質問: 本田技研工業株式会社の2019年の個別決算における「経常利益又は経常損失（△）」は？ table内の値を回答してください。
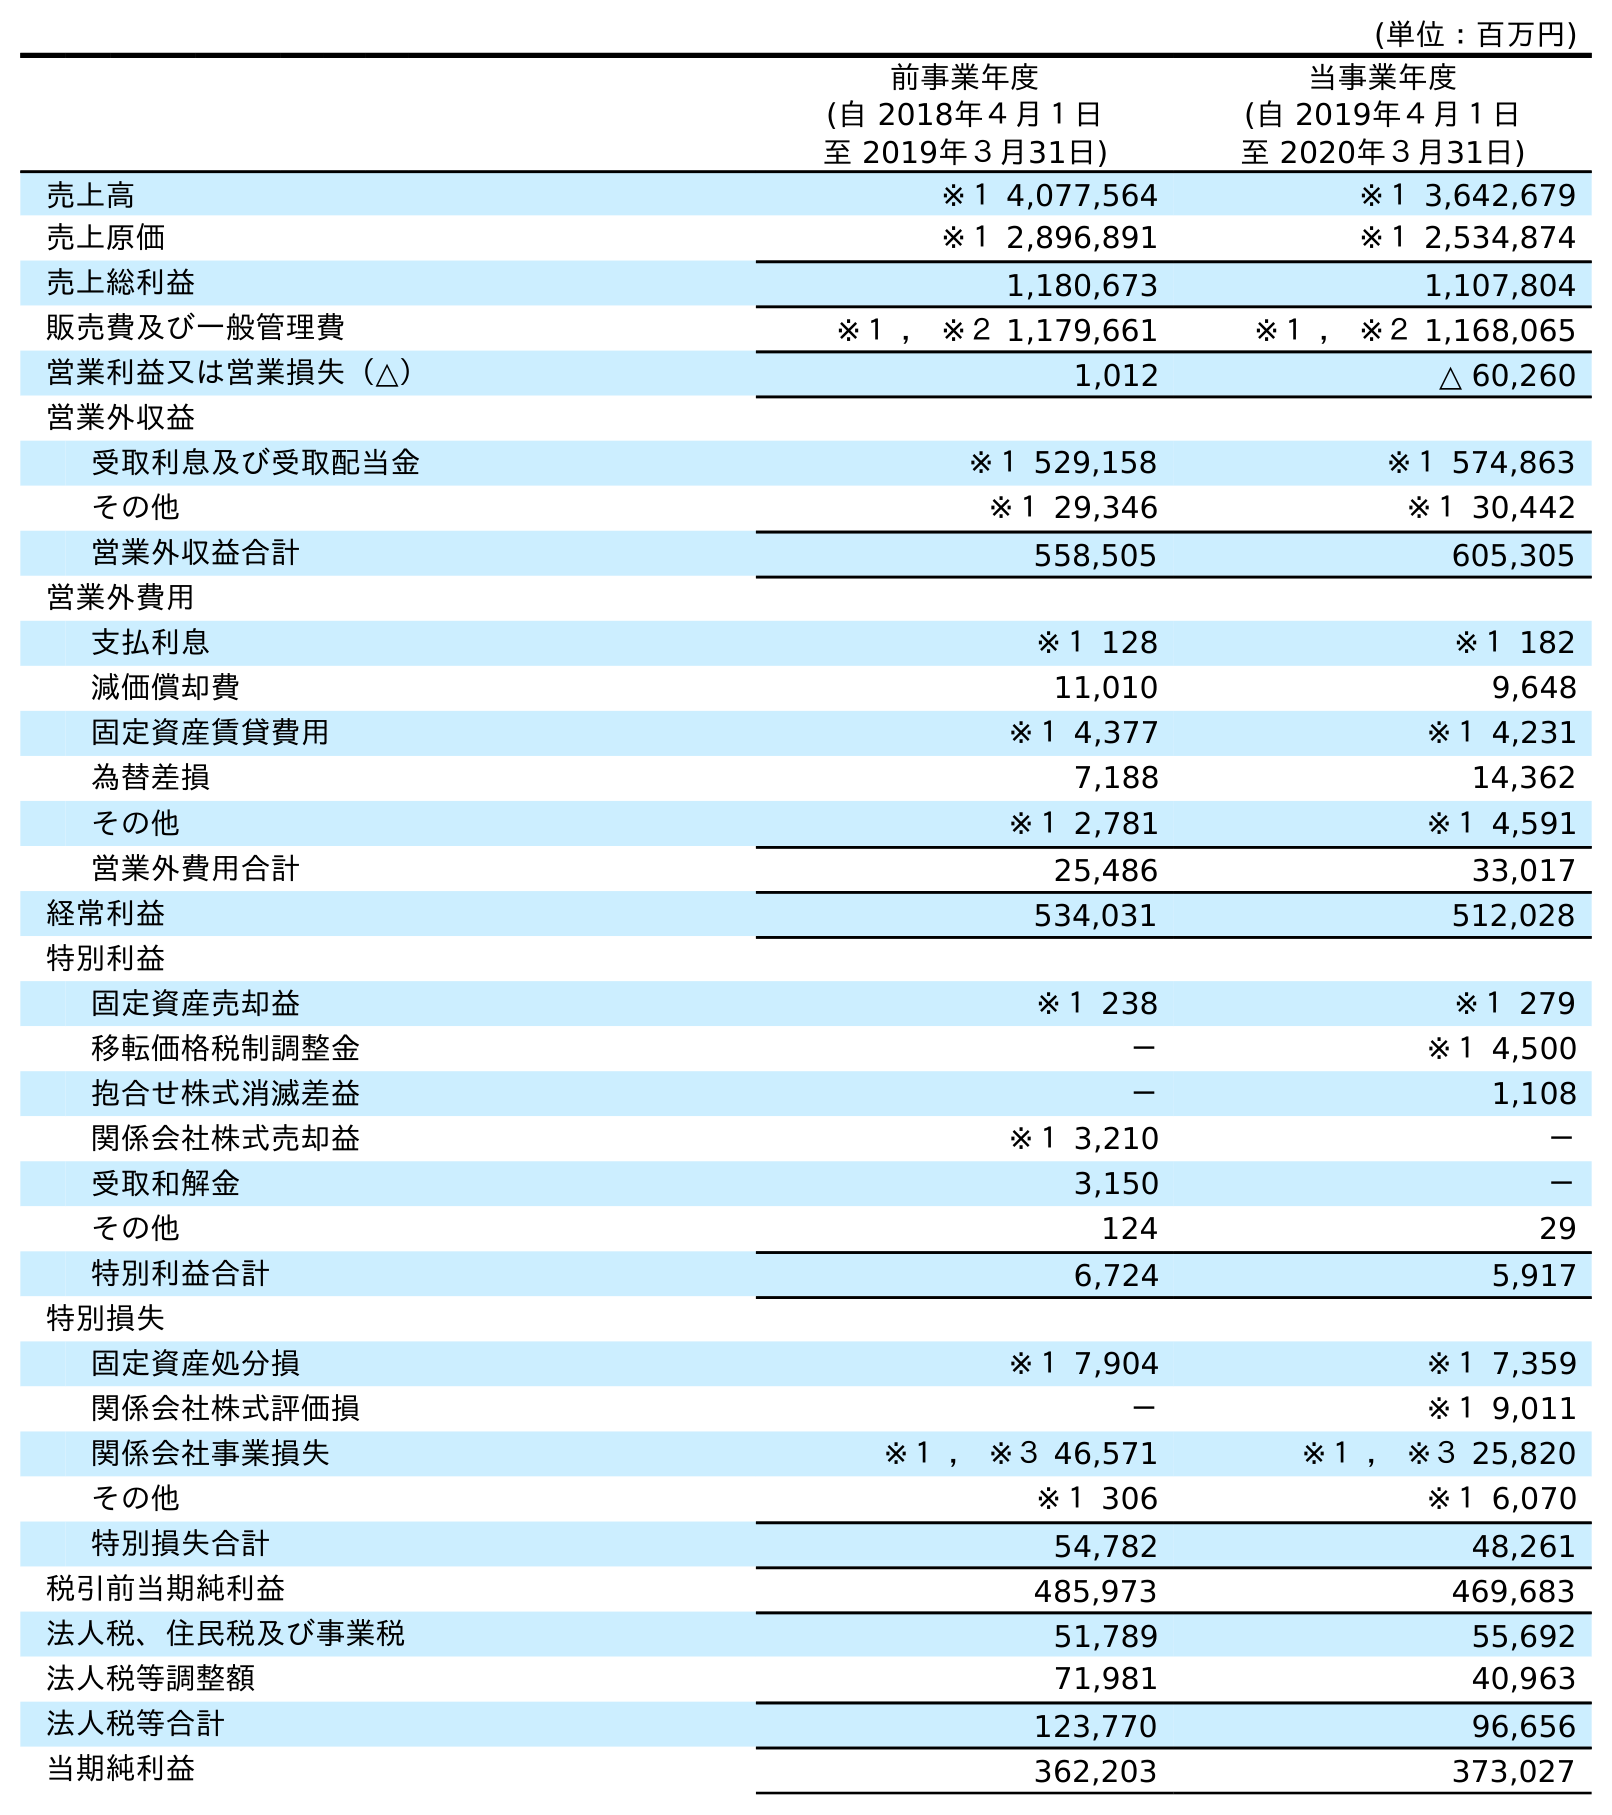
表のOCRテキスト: (単位：百万円) 前事業年度 (自 2018年４月１日 至 2019年３月31日) 当事業年度 (自 2019年４月１日 至 2020年３月31日) 売上高 ※１ 4,077,564 ※１ 3,642,679 売上原価 ※１ 2,896,891 ※１ 2,534,874 売上総利益 1,180,673 1,107,804 販売費及び一般管理費 ※１ ， ※２ 1,179,661 ※１ ， ※２ 1,168,065 営業利益又は営業損失（△） 1,012 △ 60,260 営業外収益 受取利息及び受取配当金 ※１ 529,158 ※１ 574,863 その他 ※１ 29,346 ※１ 30,442 営業外収益合計 558,505 605,305 営業外費用 支払利息 ※１ 128 ※１ 182 減価償却費 11,010 9,648 固定資産賃貸費用 ※１ 4,377 ※１ 4,231 為替差損 7,188 14,362 その他 ※１ 2,781 ※１ 4,591 営業外費用合計 25,486 33,017 経常利益 534,031 512,028 特別利益 固定資産売却益 ※１ 238 ※１ 279 移転価格税制調整金 － ※１ 4,500 抱合せ株式消滅差益 － 1,108 関係会社株式売却益 ※１ 3,210 － 受取和解金 3,150 － その他 124 29 特別利益合計 6,724 5,917 特別損失 固定資産処分損 ※１ 7,904 ※１ 7,359 関係会社株式評価損 － ※１ 9,011 関係会社事業損失 ※１ ， ※３ 46,571 ※１ ， ※３ 25,820 その他 ※１ 306 ※１ 6,070 特別損失合計 54,782 48,261 税引前当期純利益 485,973 469,683 法人税、住民税及び事業税 51,789 55,692 法人税等調整額 71,981 40,963 法人税等合計 123,770 96,656 当期純利益 362,203 373,027
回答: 534,031